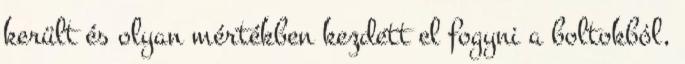
került és olyan mértékben kezdett el fogyni a boltokból,